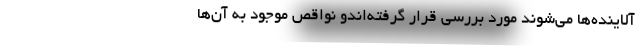
آلاینده‌ها می‌شوند مورد بررسی قرار گرفته‌اندو نواقص موجود به آن‌ها